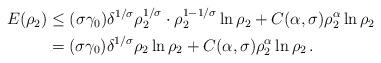
LaTeX: \begin{align*} \begin{aligned} E(\rho_2)&\leq (\sigma\gamma_0)\delta^{1/\sigma}\rho_2^{1/\sigma}\cdot\rho_2^{1-1/\sigma}\ln \rho_2+C(\alpha,\sigma)\rho_2^\alpha\ln\rho_2\\&= (\sigma\gamma_0)\delta^{1/\sigma}\rho_2\ln \rho_2+C(\alpha,\sigma)\rho_2^\alpha\ln\rho_2\,.\end{aligned}\end{align*}